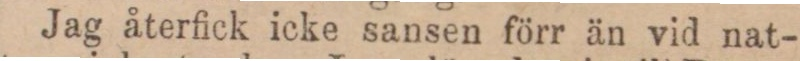
Jag återfick icke sansen förr än vid nat-